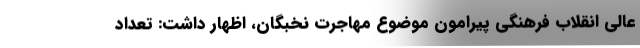
عالی انقلاب فرهنگی پیرامون موضوع مهاجرت نخبگان، اظهار داشت: تعداد